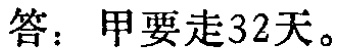
答：甲要走32天。